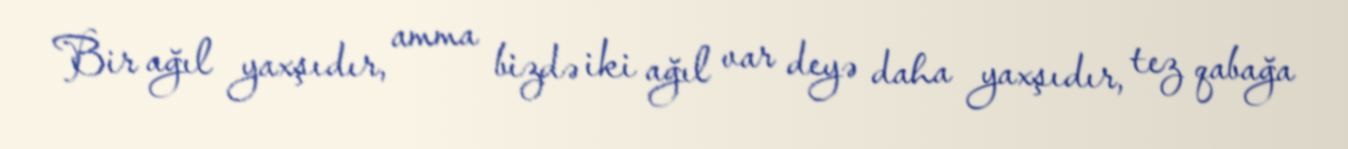
Bir ağıl yaxşıdır, amma bizdə iki ağıl var deyə daha yaxşıdır, tez qabağa